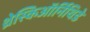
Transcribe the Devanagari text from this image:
थ्रेस्किऑर्निथिडे